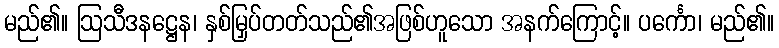
မည်၏။ ဩသီဒနဋ္ဌေန၊ နှစ်မြှပ်တတ်သည်၏အဖြစ်ဟူသော အနက်ကြောင့်။ ပင်္ကော၊ မည်၏။